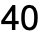
40